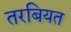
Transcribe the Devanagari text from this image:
तरबियत